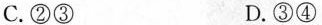
C.②③ D.③④